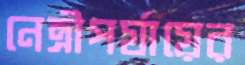
নেত্রীপর্যায়ের